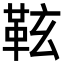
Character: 䩙